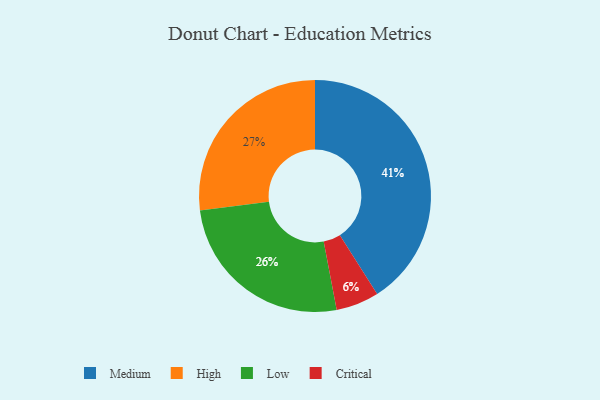
{"axis": {"x": "Category", "y": "Percentage"}, "legend": ["Critical", "High", "Low", "Medium"], "data": [{"x": "Medium", "y": 41, "type": "Medium"}, {"x": "High", "y": 27, "type": "High"}, {"x": "Critical", "y": 6, "type": "Critical"}, {"x": "Low", "y": 26, "type": "Low"}]}